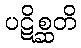
ပဋိစ္ဆတိ